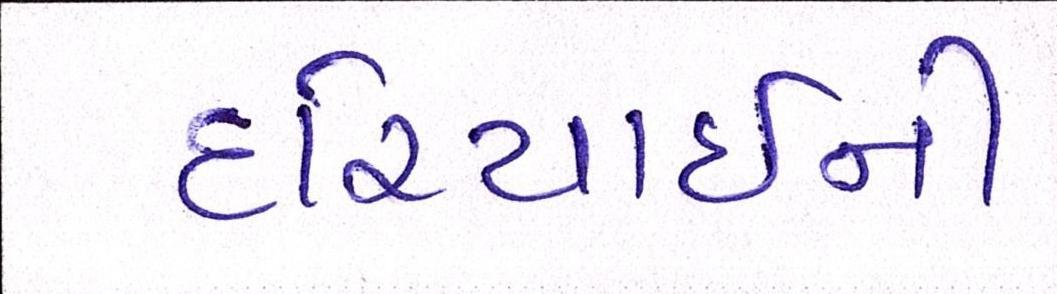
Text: દરિયાઈની